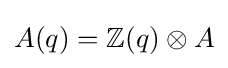
A(q)=\mathbb {Z} (q)\otimes A